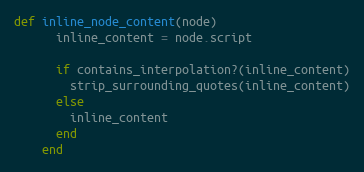
Language: Ruby
def inline_node_content(node)
      inline_content = node.script

      if contains_interpolation?(inline_content)
        strip_surrounding_quotes(inline_content)
      else
        inline_content
      end
    end